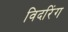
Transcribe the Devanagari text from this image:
विदरिंग